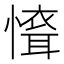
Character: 𢡐